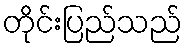
တိုင်းပြည်သည်